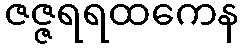
ဇဇ္ဇရရထကေန